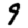
Digit: 9